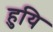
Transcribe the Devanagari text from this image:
हुयि